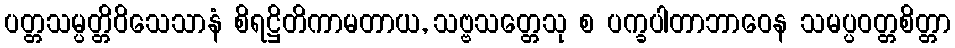
ပတ္တသမ္ပတ္တိဝိသေသာနံ စိရဋ္ဌိတိကာမတာယ, သဗ္ဗသတ္တေသု စ ပက္ခပါတာဘာဝေန သမပ္ပဝတ္တစိတ္တာ